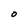
Character: O